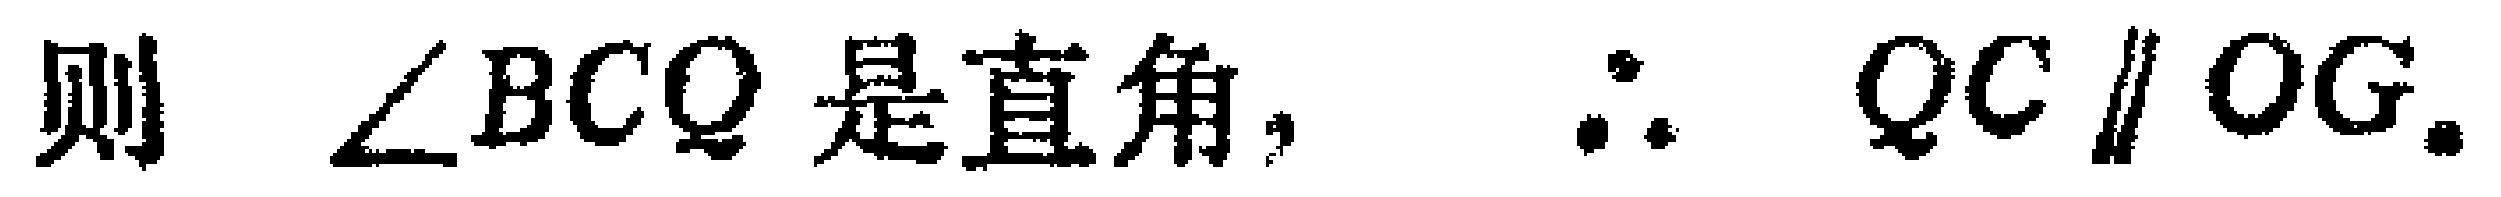
则 $\angle BCQ$ 是直角, $\therefore QC \parallel OG$.